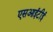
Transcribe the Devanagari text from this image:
एसआईटीई